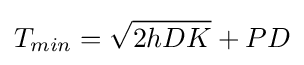
T_{min}={\sqrt {2hDK}}+PD